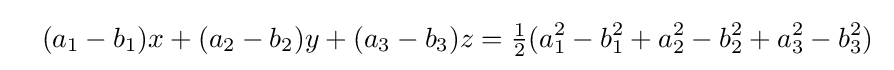
\quad (a_{1}-b_{1})x+(a_{2}-b_{2})y+(a_{3}-b_{3})z={\tfrac {1}{2}}(a_{1}^{2}-b_{1}^{2}+a_{2}^{2}-b_{2}^{2}+a_{3}^{2}-b_{3}^{2})\;